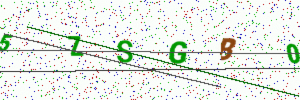
Text: 5ZSGB0